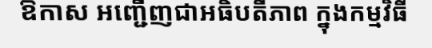
ឱកាស អញ្ជើញជាអធិបតីភាព ក្នុងកម្មវិធី